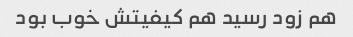
هم زود رسید هم کیفیتش خوب بود